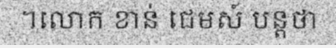
។លោក ខាន់ ជេមស៍ បន្តថា